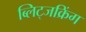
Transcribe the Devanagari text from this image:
ब्लिट्जक्रिंग